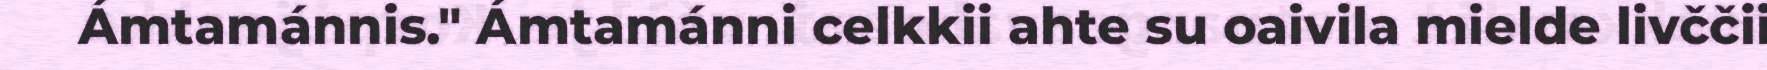
Ámtamánnis." Ámtamánni celkkii ahte su oaivila mielde livččii